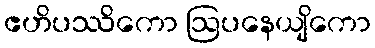
ဧဟိပဿိကော ဩပနေယျိကော